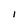
Character: l